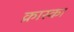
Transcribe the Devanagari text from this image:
क्रास्का